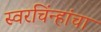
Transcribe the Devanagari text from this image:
स्वरचिंन्हांचा